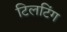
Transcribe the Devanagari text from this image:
टिलटिंग